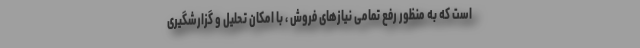
است که به منظور رفع تمامی نیازهای فروش ، با امکان تحلیل و گزارشگیری